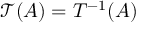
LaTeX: { \mathcal { T } } ( A ) = T ^ { - 1 } ( A )